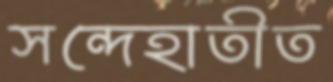
সন্দেহাতীত